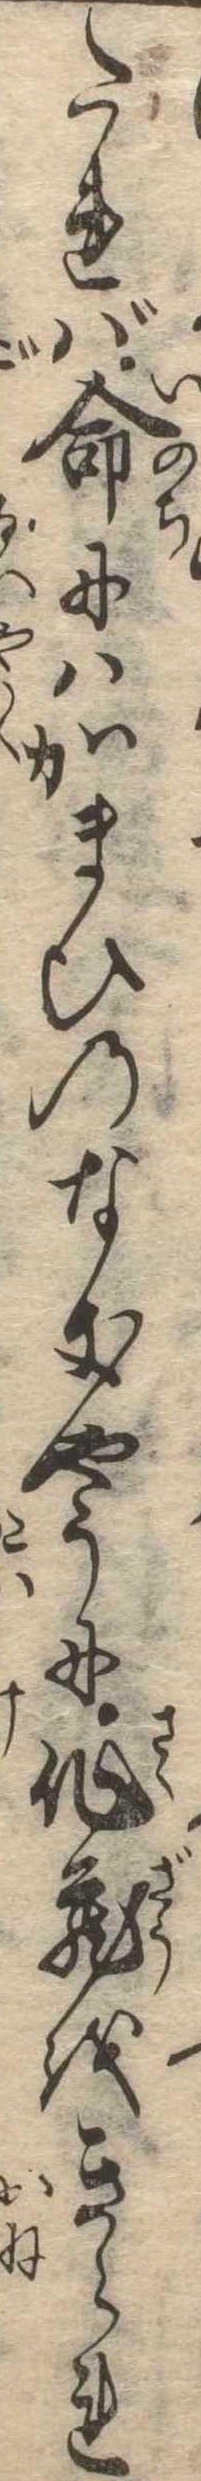
たれば命にはかまひのなきやうに作蔵をきられ